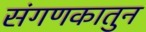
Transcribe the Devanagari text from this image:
संगणकातुन